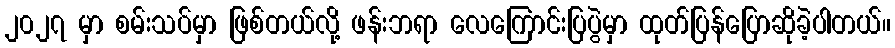
၂၀၂၇ မှာ စမ်းသပ်မှာ ဖြစ်တယ်လို့ ဖန်းဘရာ လေကြောင်းပြပွဲမှာ ထုတ်ပြန်ပြောဆိုခဲ့ပါတယ်။